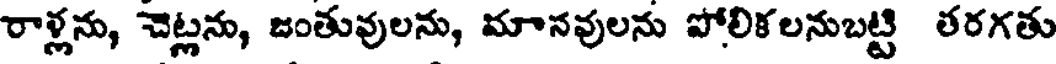
రాళ్లను, చెట్లను, జంతువులను, మానవులను పోలికలనుబట్టి తరగతు